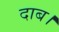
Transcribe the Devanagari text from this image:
दाब।